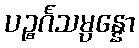
ပဉ္စင်္ဂသမ္ပန္နော